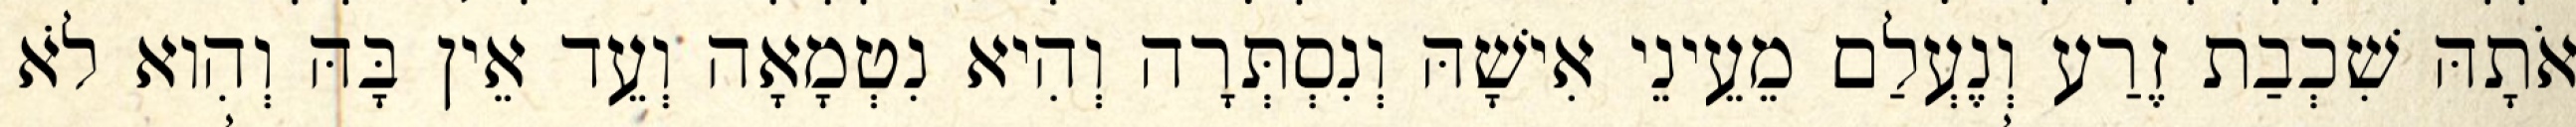
אֹתָהּ שִׁכְבַת זֶרַע וְנֶעְלַם מֵעֵינֵי אִישָׁהּ וְנִסְתְּרָה וְהִיא נִטְמָאָה וְעֵד אֵין בָּהּ וְהִוא לֹא